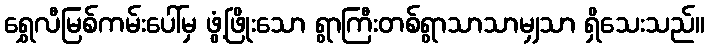
ရွှေလီမြစ်ကမ်းပေါ်မှ ဖွံ့ဖြိုးသော ရွာကြီးတစ်ရွာသာသာမျှသာ ရှိသေးသည်။